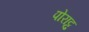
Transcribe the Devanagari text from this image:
पोराट्टु